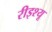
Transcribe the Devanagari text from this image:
रीइश्यू